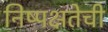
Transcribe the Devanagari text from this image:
निष्‍पक्षतेची